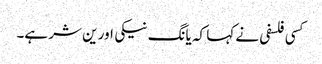
کسی فلسفی نے کہا کہ یانگ نیکی اور ین شر ہے۔